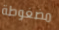
مضغوطة